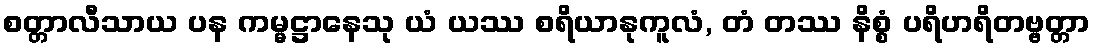
စတ္တာလီသာယ ပန ကမ္မဋ္ဌာနေသု ယံ ယဿ စရိယာနုကူလံ, တံ တဿ နိစ္စံ ပရိဟရိတဗ္ဗတ္တာ